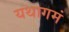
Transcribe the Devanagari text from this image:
यथागमं